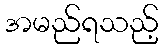
အမည်ရသည့်